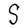
Character: S